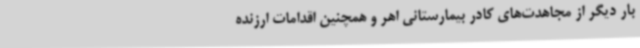
بار دیگر از مجاهدت‌های کادر بیمارستانی اهر و همچنین اقدامات ارزنده